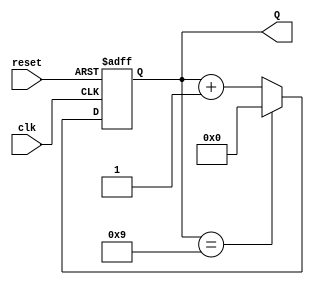
module decade_counter (
    input wire clk,          // Clock input
    input wire reset,        // Asynchronous reset input
    output reg [3:0] Q       // 4-bit output for the count
);

// Always block for sequential logic
always @(posedge clk or posedge reset) begin
    if (reset) begin
        // Reset the count to 0
        Q <= 4'b0000;
    end else begin
        // Increment the count
        if (Q == 4'b1001) begin
            // If count is 9, reset the count to 0
            Q <= 4'b0000;
        end else begin
            // Otherwise, increment the count
            Q <= Q + 1;
        end
    end
end

endmodule